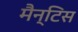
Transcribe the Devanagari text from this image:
मैन्टिस